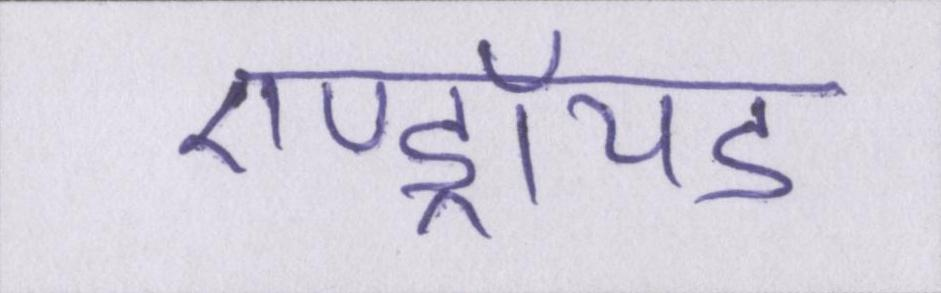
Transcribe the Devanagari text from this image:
एण्ड्रॉयड